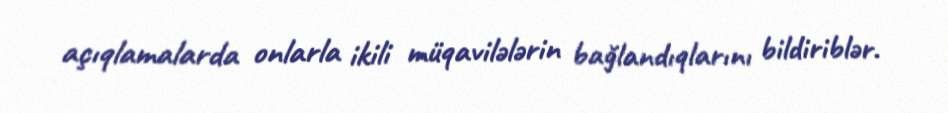
açıqlamalarda onlarla ikili müqavilələrin bağlandıqlarını bildiriblər.